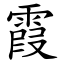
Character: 霞